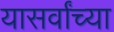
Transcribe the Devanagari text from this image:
यासर्वांच्या